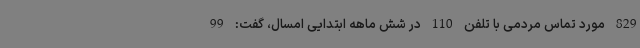
829 مورد تماس مردمی با تلفن 110 در شش ماهه ابتدایی امسال، گفت: 99